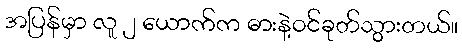
အပြန်မှာ လူ ၂ ယောက်က ဓားနဲ့ဝင်ခုတ်သွားတယ်။